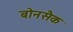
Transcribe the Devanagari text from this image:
बोनसैक